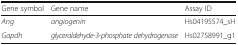
<table><thead><tr><td><b>Gene symbol</b></td><td><b>Gene name</b></td><td><b>Assay ID</b></td></tr></thead><tbody><tr><td><i>Ang</i></td><td><i>angiogenin</i></td><td>Hs04195574_sH</td></tr><tr><td><i>Gapdh</i></td><td><i>glyceraldehyde-3-phosphate dehydrogenase</i></td><td>Hs02758991_g1</td></tr></tbody></table>